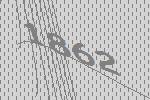
1862